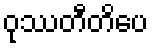
ဝုဿတီတိပေ